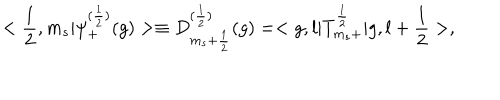
< \frac { 1 } { 2 } , m _ { s } | { \psi } _ { + } ^ { ( \frac { 1 } { 2 } ) } ( g ) > \equiv D _ { m _ { s } + \frac { 1 } { 2 } } ^ { ( \frac { 1 } { 2 } ) } ( g ) = < g , l | T _ { m _ { s } + } ^ { \frac { 1 } { 2 } } | g , l + \frac { 1 } { 2 } > ,